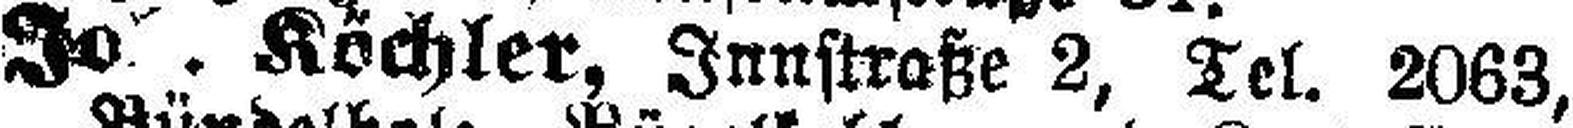
Jo###. Köchler, Innstraße 2, Tel. 2063,